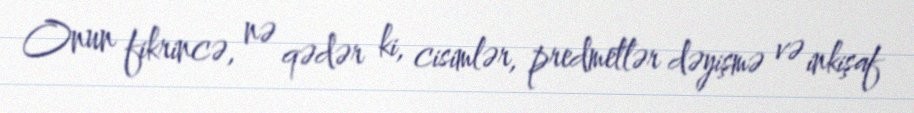
Onun fikrincə, nə qədər ki, cisimlər, predmetlər dəyişmə və inkişaf